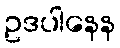
ဥဒပါနေန